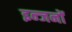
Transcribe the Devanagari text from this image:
इन्जनों